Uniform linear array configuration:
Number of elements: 24
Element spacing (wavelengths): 1
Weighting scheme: cosine
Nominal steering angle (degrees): -30
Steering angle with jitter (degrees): -31.575
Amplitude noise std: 0.05
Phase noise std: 0.05

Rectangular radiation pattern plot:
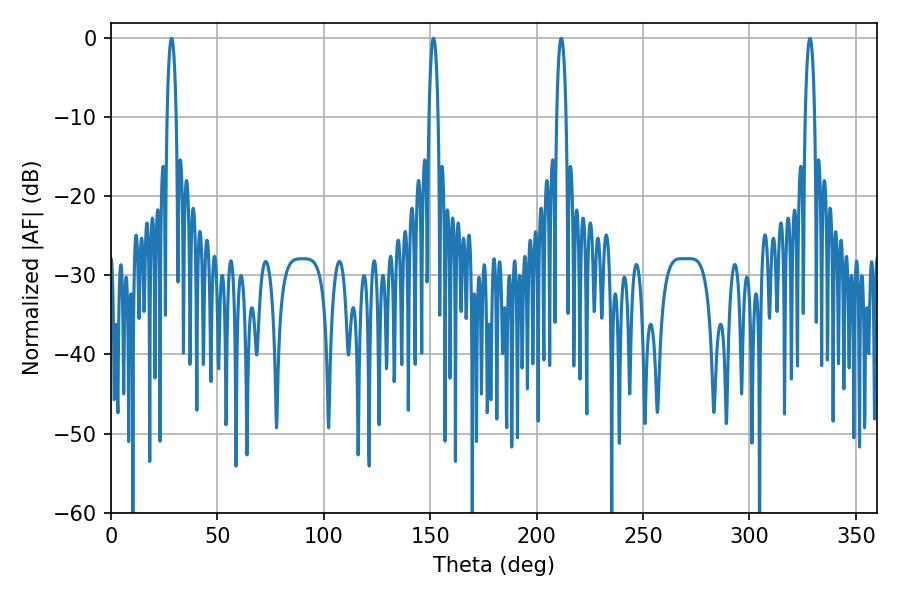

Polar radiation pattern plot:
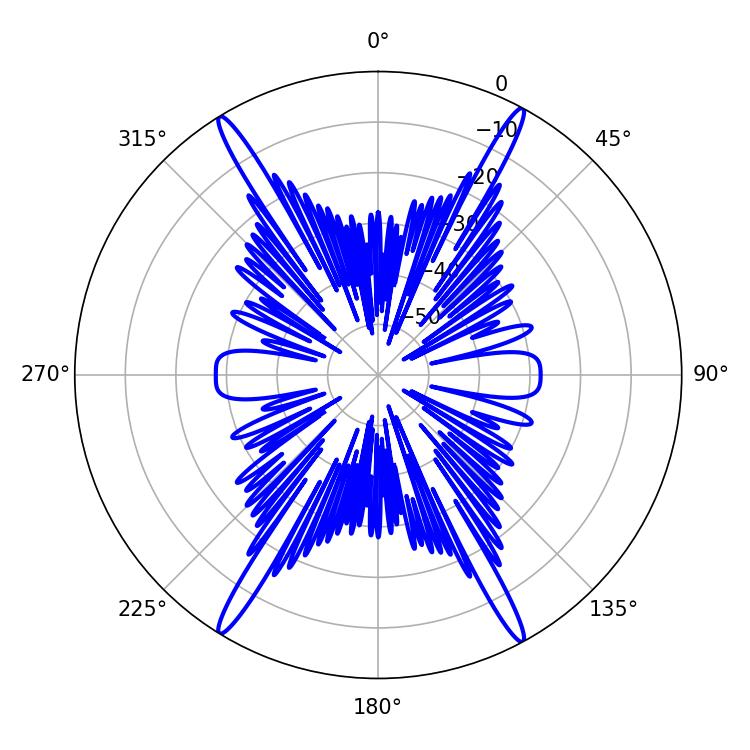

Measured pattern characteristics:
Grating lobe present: TRUE
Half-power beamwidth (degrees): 2.34
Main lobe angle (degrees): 28.44